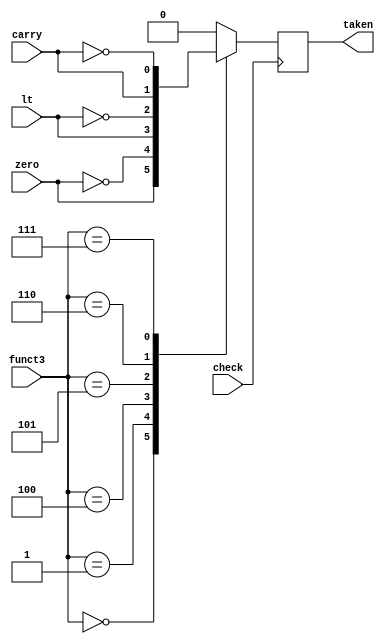
module BranchTester(
	input carry, zero, lt,
	input [2:0] funct3,
	
	input check,
	output reg taken=0
);


always@ (posedge check)
begin
	case (funct3)
	3'b000:	taken =  zero;
	3'b001:	taken = !zero;
	3'b100:	taken =  lt;
	3'b101:	taken = !lt;
	3'b110:	taken =  carry;
	3'b111:	taken = !carry;
	default:	taken =  0;
	endcase
end

endmodule